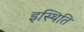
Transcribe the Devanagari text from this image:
इस्थिति